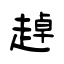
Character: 趠